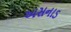
અસનાડ